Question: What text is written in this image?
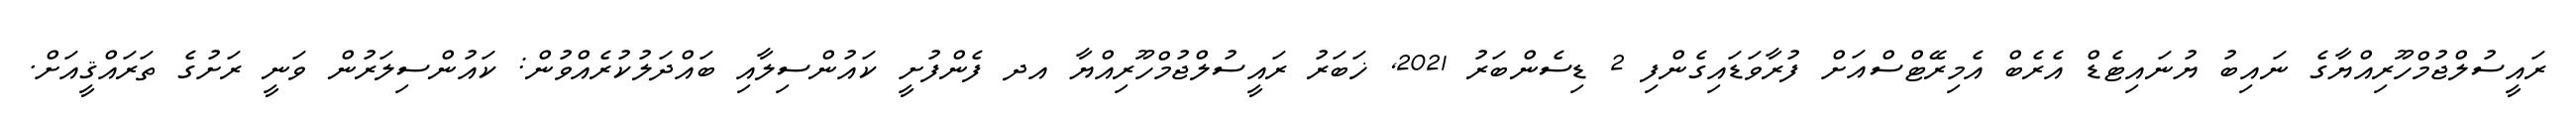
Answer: ރައީސުލްޖުމްހޫރިއްޔާގެ ނައިބު ޔުނައިޓެޑް އެރެބް އެމިރޭޓްސްއަށް ފުރާވަޑައިގެންފި 2 ޑިސެންބަރު 2021, ޚަބަރު ރައީސުލްޖުމްހޫރިއްޔާ އދ ފެންފުށީ ކައުންސިލާއި ބައްދަލުކުރެއްވުން: ކައުންސިލަރުން ވަނީ ރަށުގެ ތަރައްޤީއަށް.